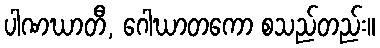
ပါဏဃာတီ, ဂေါဃာတကော စသည်တည်း။